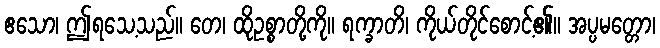
ဧသော၊ ဤရသေ့သည်။ တေ၊ ထိုဥစ္စာတို့ကို။ ရက္ခာတိ၊ ကိုယ်တိုင်စောင့်၏။ အပ္ပမတ္တော၊